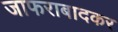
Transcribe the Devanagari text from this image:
जाफराबादकर